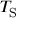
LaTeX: T _ { \mathrm { { S } } }